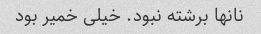
نانها برشته نبود. خیلی خمیر بود